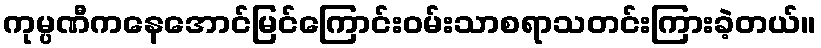
ကုမ္ပဏီကနေအောင်မြင်ကြောင်းဝမ်းသာစရာသတင်းကြားခဲ့တယ်။